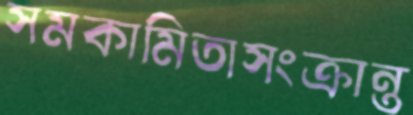
সমকামিতাসংক্রান্ত